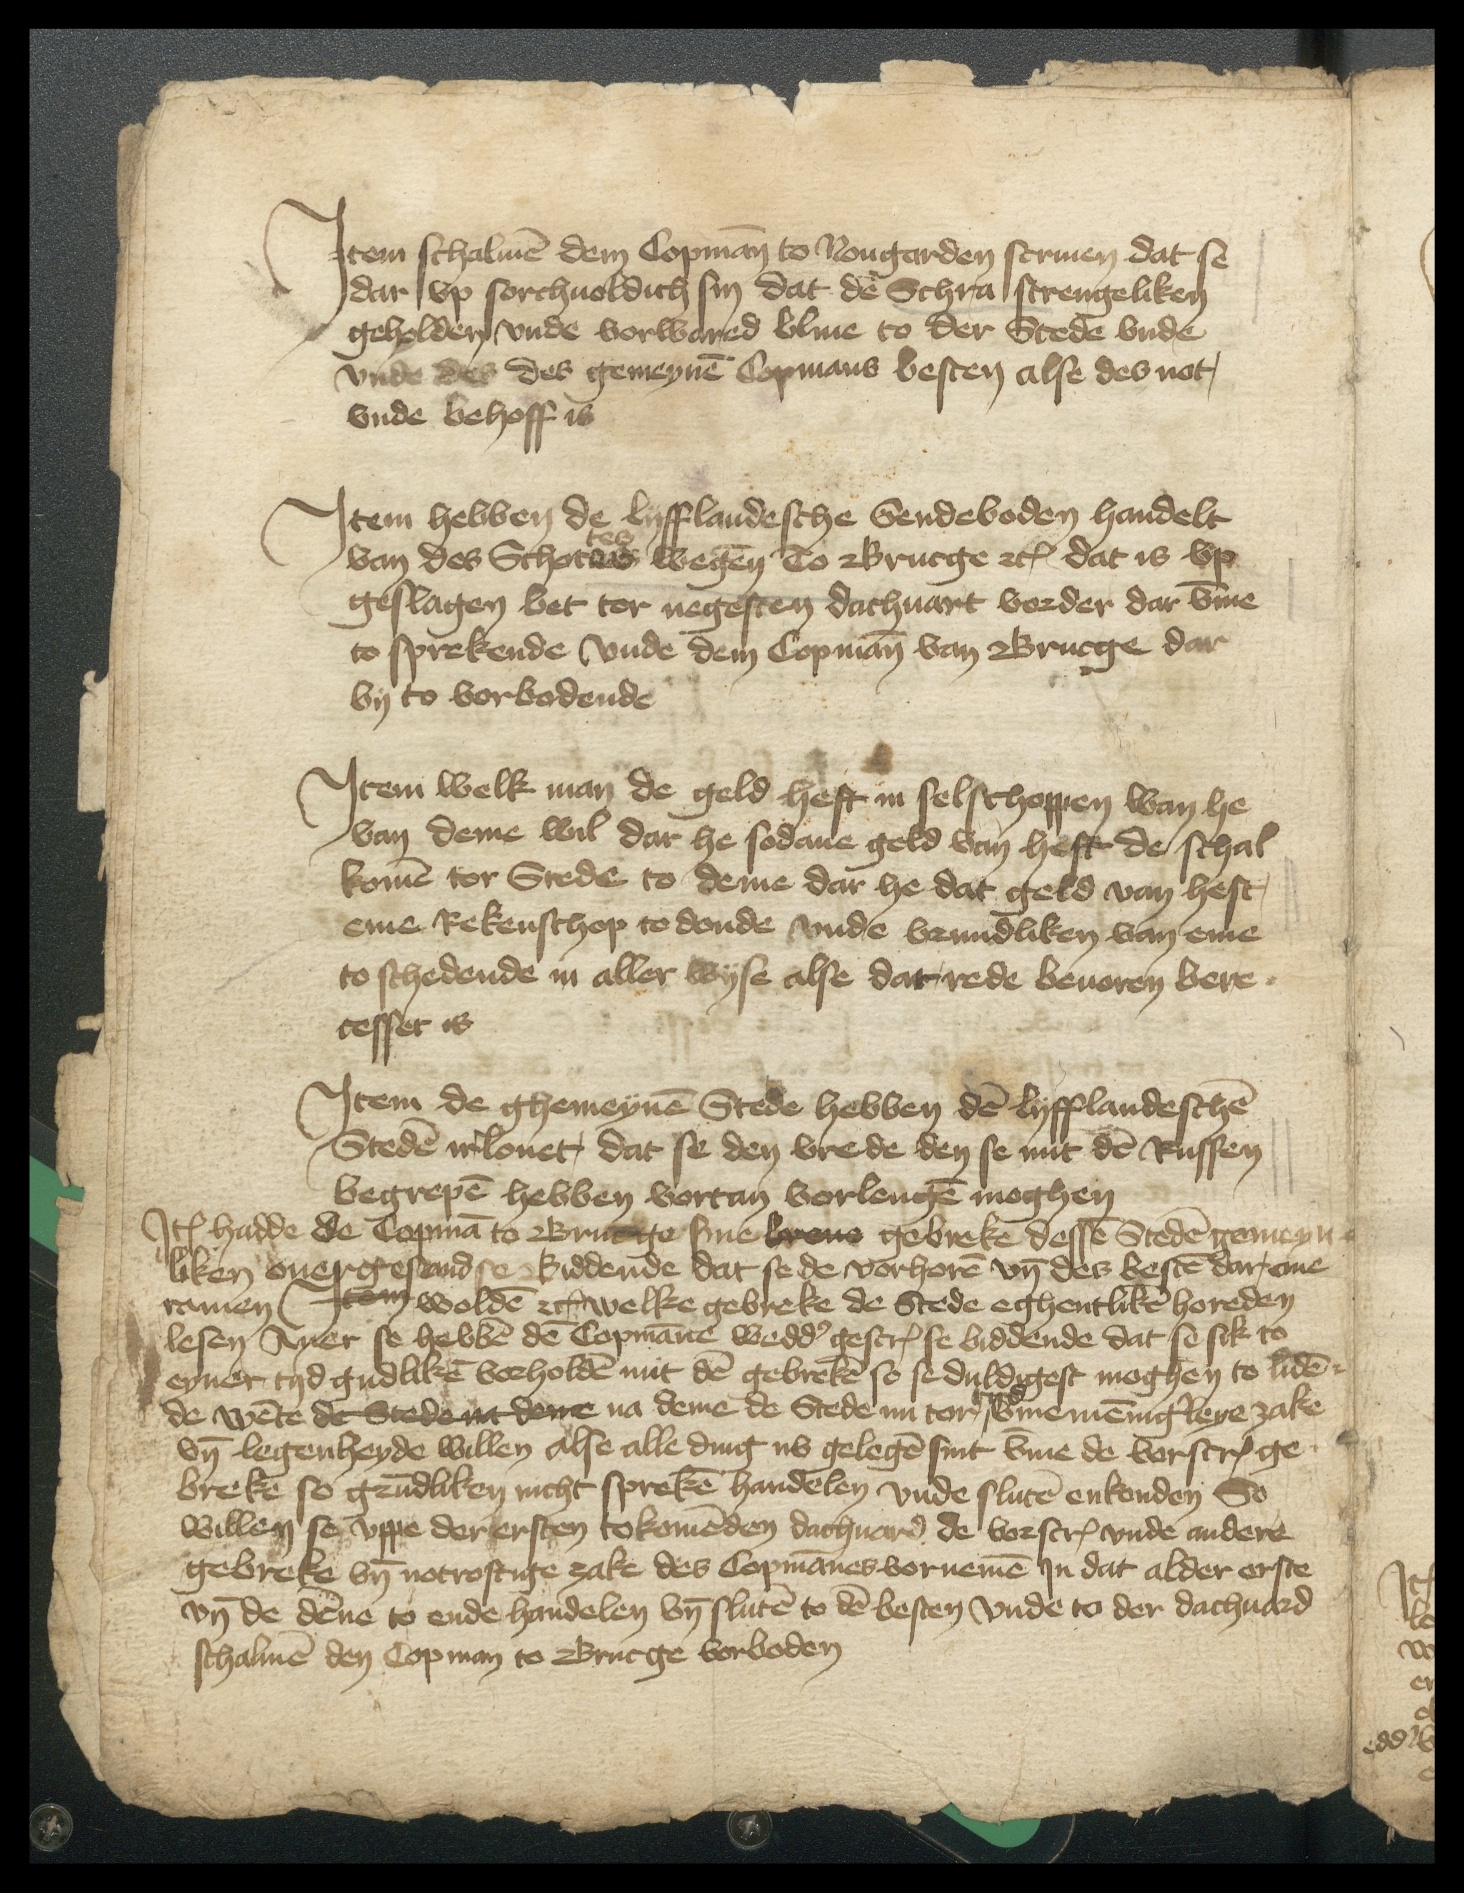
Jtem schalmen dem Copman to Nougarden scriuen dat se
dar vp sorchuoldich sin dat de Schra strengeliken
geholden vnde vorwared bliue to der Stede vnde
vnde des des gemeynen Copmans besten alse des not,
vnde behoff is

Jtem hebben de Lyfflandesche Sendeboden handelt
van des Schottes wegen To Brucge etcetera dat is vp
geslagen bet tor negesten dachuart vorder dar vmme
to sprekende vnde dem Copman van Brucge dar
by to vorbodende

Jtem welk man de geld heft in selschoppen wan he
van deme wil dar he sodane geld van heft de schal
komen tor Stede to deme dar he dat geld van heft,
eme Rekenschop to donde vnde vrundliken van eme
to schedende in aller wyse alse dar rede beuoren bere¬
cesset is

Jtem de ghemeynen Stede hebben den Lyfflandeschen
Steden irlonet, dat se den vrede den se mit den Russen
begrepen hebben vortan vorlengen moghen

Jtem hadde de Copman to Brucge sine weno gebreke dessen Steden gemeyn¬
liken ouergesand se Biddende dat se de vorhoren vnde des besten dar one
ramen Jtem wolden etcetera welke gebreke de Stede eghentliken horeden
lesen Auer se hebben dem Copmanne wedder gescreuen se biddende dat se sik to
eyner tyd gudliken vorholden mit den gebreken so se duldigest moghen to liden
tyd
de wente de Stede na dene na deme de Stede nu tor | vmme mennigerleye zake
vnde legenheyde willen alse alle ding nv gelegen sint vmme de vorscreuen ge¬
breke so grundliken nicht spreken handelen vnde sluten enkonden So
willen se vppe der ersten tokomenden dachuard de vorscreuen vnde andere
gebreke vnde notrostige zake des Copmannes vornemen Jn dat alder erste
vnde de denne to ende handelen vnde sluten to den besten vnde to der dachuard
schalmen den Copman to Brucge vorboden